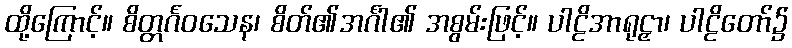
ထို့ကြောင့်။ စိတ္တင်္ဂဝသေန၊ စိတ်၏အင်္ဂါ၏ အစွမ်းဖြင့်။ ပါဠိအာရုဠှာ၊ ပါဠိတော်၌